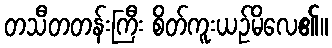
တသီတတန်းကြီး စိတ်ကူးယဉ်မိလေ၏။